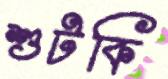
শুটকি